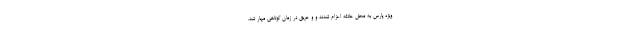
ویژه پارس به محل حادثه اعزام شدند و و حریق در زمان کوتاهی مهار شد.